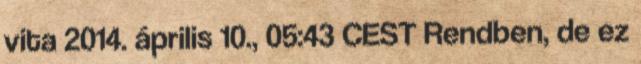
vita 2014. április 10., 05:43 CEST Rendben, de ez